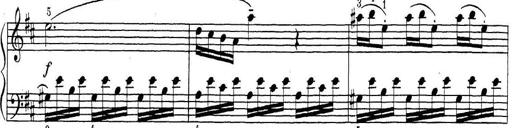
Title: ÄŒeskÃ© Sonatiny
Composer: Various